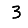
Digit: 3